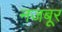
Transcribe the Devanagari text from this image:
नजबूर